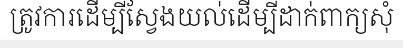
ត្រូវការដើម្បីស្វែងយល់ដើម្បីដាក់ពាក្យសុំ